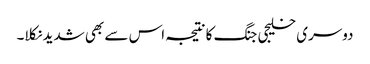
دوسری خلیجی جنگ کا نتیجہ اس سے بھی شدید نکلا۔